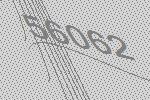
56062